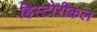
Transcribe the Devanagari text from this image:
हिस्टोरीकल